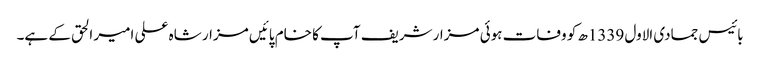
بائیس جمادی الاول 1339ھ کو وفات ہوئی مزار شریف آپ کا خام پائیں مزار شاہ علی امیر الحق کے ہے۔